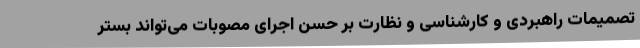
تصمیمات راهبردی و کارشناسی و نظارت بر حسن اجرای مصوبات می‌تواند بستر